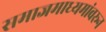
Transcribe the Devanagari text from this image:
समाजमाध्यमांवरून